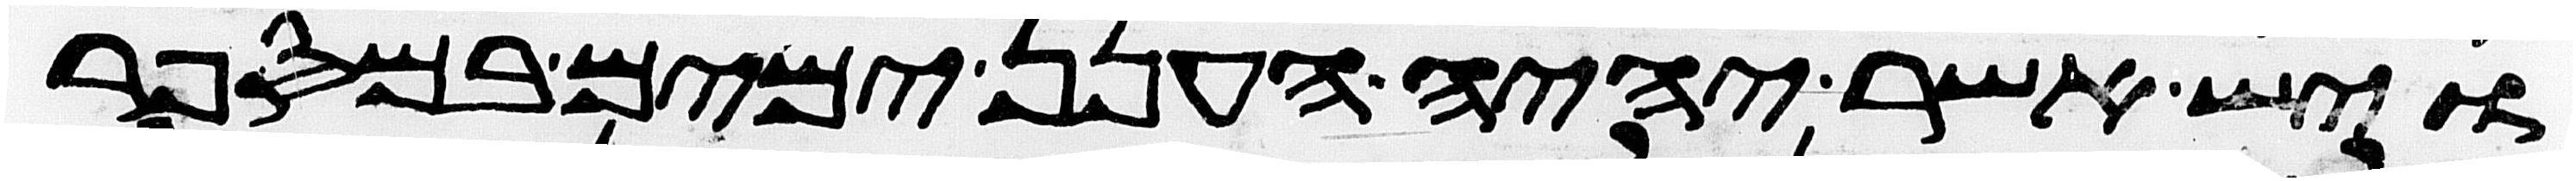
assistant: ויש אשר יהיה הענן ימים במספר